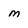
Character: m